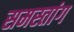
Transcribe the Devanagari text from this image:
समस्तांग